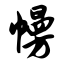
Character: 幔